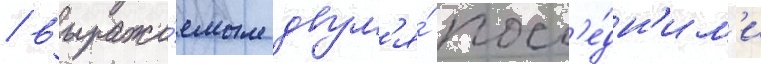
/ выража́емым двум'я́ посл'е́дн'им'и